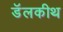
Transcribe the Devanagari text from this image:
डॅलकीथ